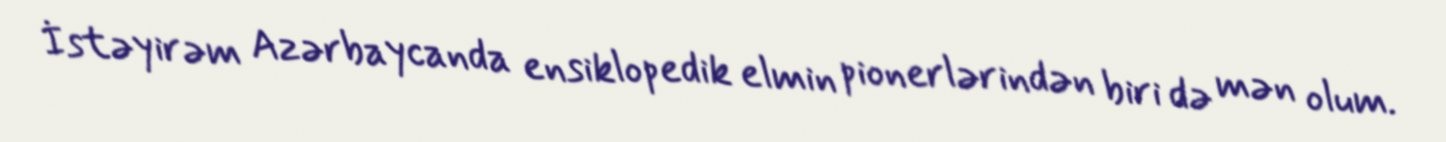
İstəyirəm Azərbaycanda ensiklopedik elmin pionerlərindən biri də mən olum.